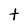
Character: t